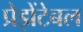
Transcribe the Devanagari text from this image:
प्रेझेंटेबल